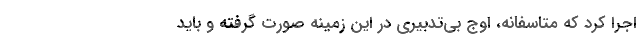
اجرا کرد که متاسفانه، اوج بی‌تدبیری در این زمینه صورت گرفته و باید